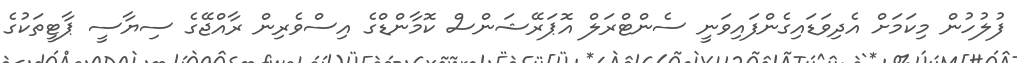
ފުލުހުން މިކަމަށް އެދިވަޑައިގެންފައިވަނީ ސެންޓްރަލް އޮޕަރޭޝަންސް ކޮމާންޑްގެ އިސްވެރިން ރާއްޖޭގެ ސިޔާސީ ޕާޓީތަކުގެ